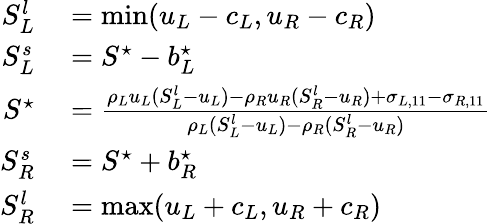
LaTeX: \begin{array}{rl}{S_{L}^{l}}&{{}=\mathrm{min}(u_{L}-c_{L},u_{R}-c_{R})}\\ {S_{L}^{s}}&{{}=S^{\star}-b_{L}^{\star}}\\ {S^{\star}}&{{}=\frac{\rho_{L}u_{L}(S_{L}^{l}-u_{L})-\rho_{R}u_{R}(S_{R}^{l}-u_{R})+\sigma_{L,11}-\sigma_{R,11}}{\rho_{L}(S_{L}^{l}-u_{L})-\rho_{R}(S_{R}^{l}-u_{R})}}\\ {S_{R}^{s}}&{{}=S^{\star}+b_{R}^{\star}}\\ {S_{R}^{l}}&{{}=\mathrm{max}(u_{L}+c_{L},u_{R}+c_{R})}\end{array}